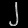
Digit: ၂